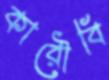
কারৌবি